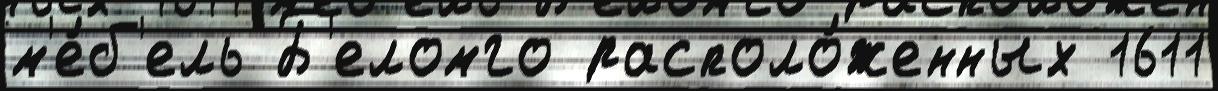
м'е́б'ель Б'еломго располо́женных 1611